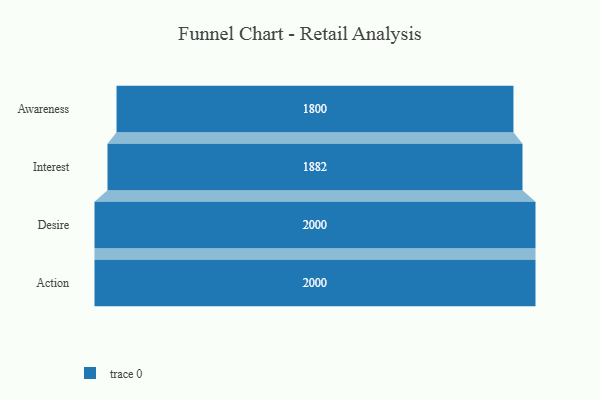
{"axis": {"x": "Stage", "y": "Value"}, "legend": [""], "data": [{"x": "Awareness", "y": 1800.0, "type": ""}, {"x": "Interest", "y": 1882.0, "type": ""}, {"x": "Desire", "y": 2000, "type": ""}, {"x": "Action", "y": 2000, "type": ""}]}